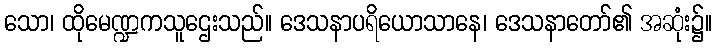
သော၊ ထိုမေဏ္ဍကသူဌေးသည်။ ဒေသနာပရိယောသာနေ၊ ဒေသနာတော်၏ အဆုံး၌။